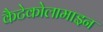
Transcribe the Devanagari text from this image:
कैटेकोलामाइन